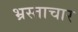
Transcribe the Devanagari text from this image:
भ्रस्ताचार